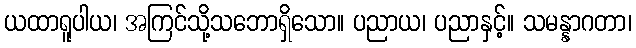
ယထာရူပါယ၊ အကြင်သို့သဘောရှိသော။ ပညာယ၊ ပညာနှင့်။ သမန္နာဂတာ၊